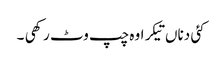
کئی دناں تیکر اوہ چپ وٹ رکھی ۔